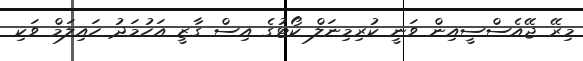
މިރޭ ޖޭއެސްސީއިން ވަނީ ކުރިމިނަލް ކޯޓުގެ އިސް ގާޒީ އަހުމަދު ހައިލަމް ވަކި